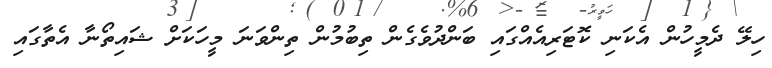
ހިލޭ ދެމީހުން އެކަނި ކޮޓަރިއެއްގައި ބަންދުވެގެން ތިބުމުން ތިންވަނަ މީހަކަށް ޝައިތޯނާ އެތާގައި